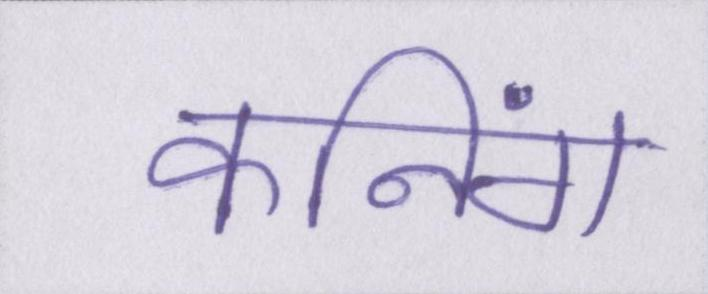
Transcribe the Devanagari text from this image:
कनिंग